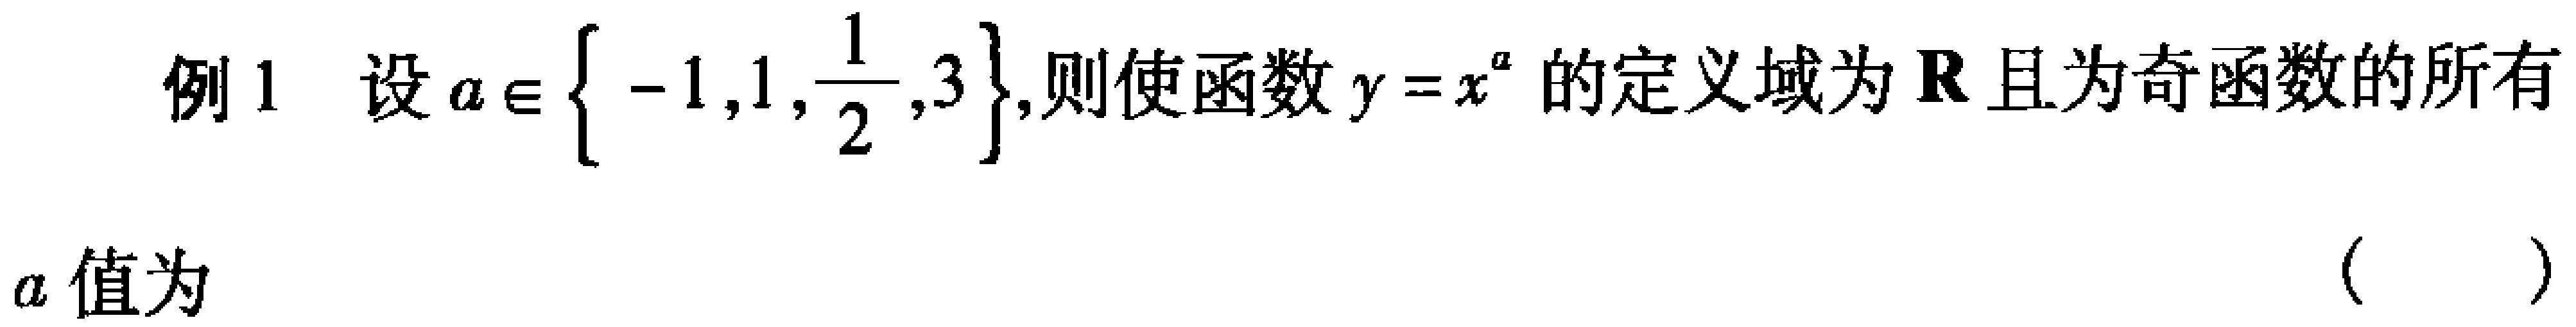
例1 设$a\in\left\{ -1,1,\frac{1}{2},3\right\}$,则使函数$y = x^{a}$的定义域为$\mathbf{R}$且为奇函数的所有

$a$值为 （ ）